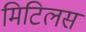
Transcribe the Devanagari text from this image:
मिटिलस